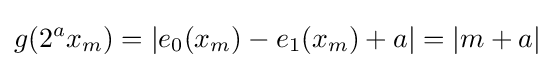
g(2^{a}x_{m})=|e_{0}(x_{m})-e_{1}(x_{m})+a|=|m+a|